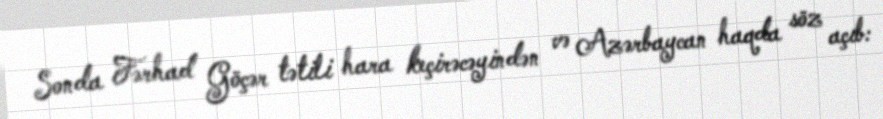
Sonda Fərhad Göçər tətili hara keçirəcəyindən və Azərbaycan haqda söz açıb: